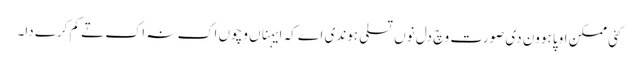
کئی ممکن اوپا ہوون دی صورت وچ دل نوں تسلی ہوندی اے کہ ایہناں وچوں اک نہ اک تے کم کرے دا۔